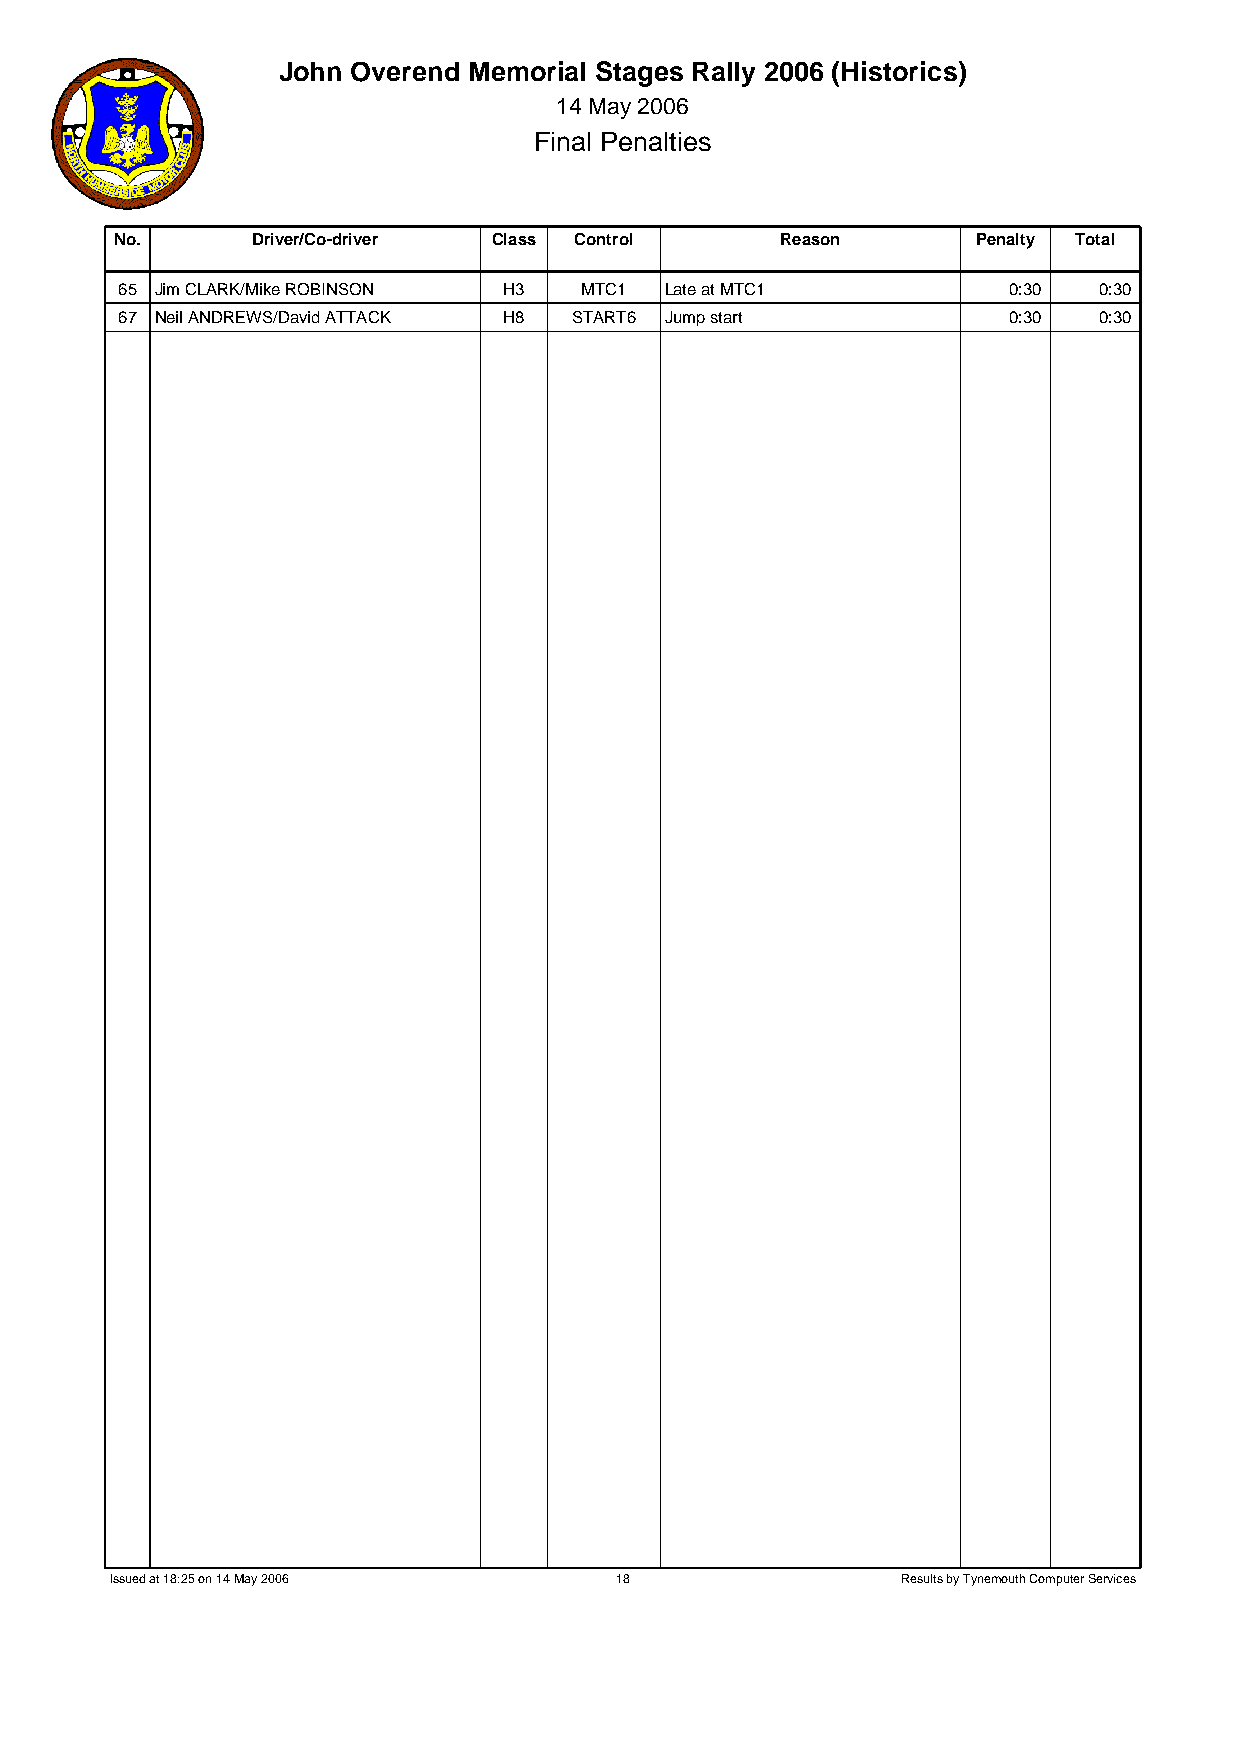
John Overend Memorial Stages Rally 2006 (Historics)
 14 May 2006
 Final Penalties
 No.      Driver/Co-driver Class Control     Reason       Penalty Total
 65 Jim CLARK/Mike ROBINSON H3 MTC1  Late at MTC1           0:30  0:30
 67 Neil ANDREWS/David ATTACK H8 START6 Jump start          0:30  0:30
 Issued at 18:25 on 14 May 2006    18                 Results by Tynemouth Computer Services